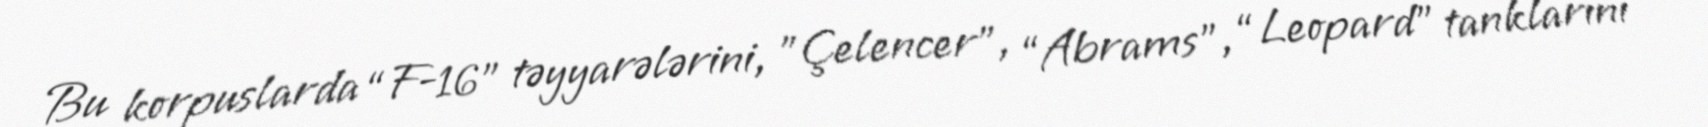
Bu korpuslarda “F-16" təyyarələrini, "Çelencer", “Abrams”, “Leopard” tanklarını